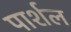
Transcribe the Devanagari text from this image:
पार्शल